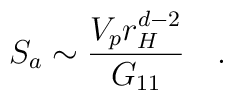
S_a \sim {\frac{V_pr_H^{d-2}}{G_{11}}} \quad .